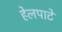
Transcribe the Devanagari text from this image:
हेलपाटे